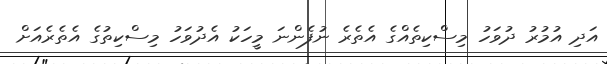
އަދި އުމުރު ދުވަހު މިސްކިތެއްގެ އެތެރެ ނުފެންނަ މީހަކު އެދުވަހު މިސްކިތުގެ އެތެރެއަށް